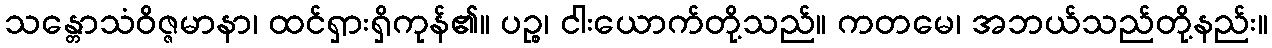
သန္တောသံဝိဇ္ဇမာနာ၊ ထင်ရှားရှိကုန်၏။ ပဉ္စ၊ ငါးယောက်တို့သည်။ ကတမေ၊ အဘယ်သည်တို့နည်း။